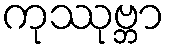
ကုဿုဗ္ဘာ